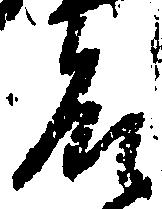
殿